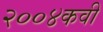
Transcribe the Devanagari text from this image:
२००४कवी